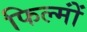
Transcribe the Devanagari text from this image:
फिल्मोंं